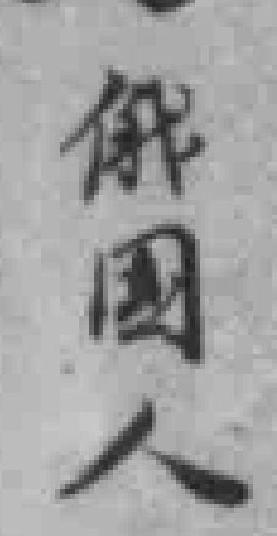
俄國人